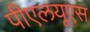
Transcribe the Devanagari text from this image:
पीएलयूएस